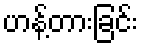
ဟန့်တားခြင်း